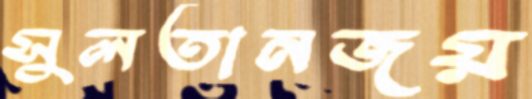
সুলতানজয়